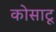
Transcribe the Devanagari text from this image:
कोसाटू